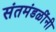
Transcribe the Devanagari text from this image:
संतमंडळींनी